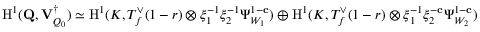
{ \mathrm { H } } ^ { 1 } ( \mathbf { Q } , { \mathbf { V } _ { Q _ { 0 } } ^ { \dagger } } ) \simeq { \mathrm { H } } ^ { 1 } ( K , T _ { f } ^ { \vee } ( 1 - r ) \otimes \xi _ { 1 } ^ { - 1 } \xi _ { 2 } ^ { - 1 } \Psi _ { W _ { 1 } } ^ { 1 - \mathbf { c } } ) \oplus { \mathrm { H } } ^ { 1 } ( K , T _ { f } ^ { \vee } ( 1 - r ) \otimes \xi _ { 1 } ^ { - 1 } \xi _ { 2 } ^ { - \mathbf { c } } \Psi _ { W _ { 2 } } ^ { 1 - \mathbf { c } } )